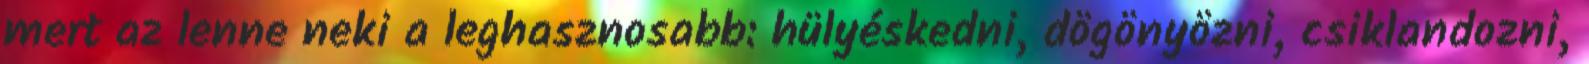
mert az lenne neki a leghasznosabb: hülyéskedni, dögönyözni, csiklandozni,